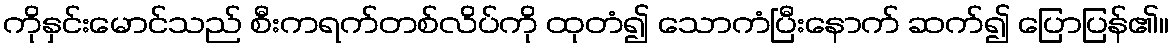
ကိုနှင်းမောင်သည် စီးကရက်တစ်လိပ်ကို ထုတံ၍ သောကံပြီးနောက် ဆက်၍ ပြောပြန်၏။